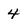
Character: 4